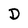
Character: D